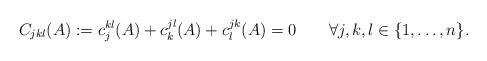
LaTeX: \begin{align*}C_{jkl}(A):=c_j^{kl}(A)+c_k^{jl}(A)+c_l^{jk}(A) = 0\qquad\forall j,k,l\in \{1,\dots,n\}.\end{align*}